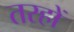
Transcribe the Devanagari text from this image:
तरहों